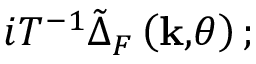
i T ^ { - 1 } \tilde { \Delta } _ { F } ^ { } \left( \mathbf { k , } \theta \right) ;